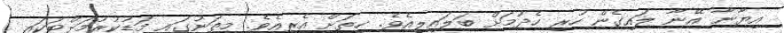
އިޔާނާ އޭނާ ލައިގެން ހުރި ހެދުމަށް ބަލައިލިއެވެ. ހިތަށް އެރިއެވެ. މިތަނުގައި މަޑުކުރުމަށްޓަކައި